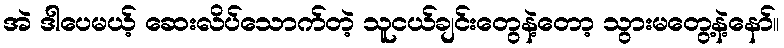
အဲ ဒါပေမယ့် ဆေးလိပ်သောက်တဲ့ သူငယ်ချင်းတွေနဲ့တော့ သွားမတွေ့နဲ့နော်။